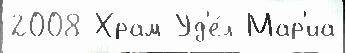
2008 Храм Уд'е́л Мар'иа